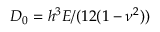
D _ { 0 } = h ^ { 3 } E / ( 1 2 ( 1 - \nu ^ { 2 } ) )